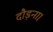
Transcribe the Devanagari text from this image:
दौड़ना।